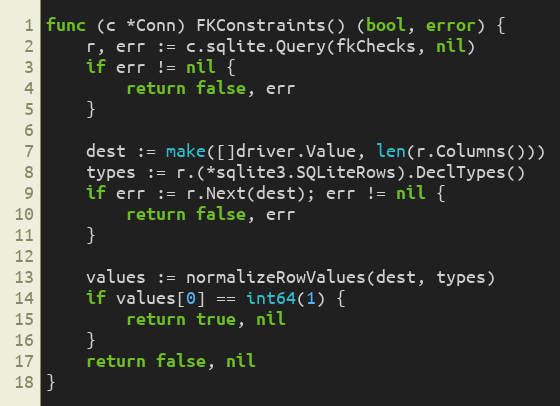
Language: Go
func (c *Conn) FKConstraints() (bool, error) {
	r, err := c.sqlite.Query(fkChecks, nil)
	if err != nil {
		return false, err
	}

	dest := make([]driver.Value, len(r.Columns()))
	types := r.(*sqlite3.SQLiteRows).DeclTypes()
	if err := r.Next(dest); err != nil {
		return false, err
	}

	values := normalizeRowValues(dest, types)
	if values[0] == int64(1) {
		return true, nil
	}
	return false, nil
}